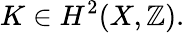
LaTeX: K\in H^{2}(X,\mathbb{Z}).